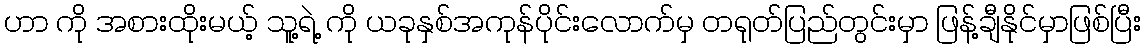
ဟာ ကို အစားထိုးမယ့် သူ့ရဲ့ ကို ယခုနှစ်အကုန်ပိုင်းလောက်မှ တရုတ်ပြည်တွင်းမှာ ဖြန့်ချီနိုင်မှာဖြစ်ပြီး